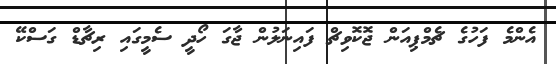
އެންމެ ފަހުގެ ޗެމްޕިއަން ޖޮކޮވިޗް ފައިނަލުން ޖާގަ ހޯދީ ސެމީގައި ރިޗާޑް ގަސްކޭ